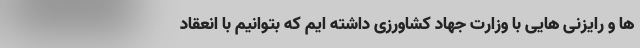
ها و رایزنی هایی با وزارت جهاد کشاورزی داشته ایم که بتوانیم با انعقاد